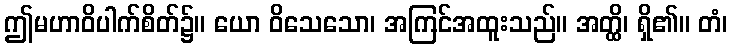
ဤမဟာဝိပါက်စိတ်၌။ ယော ဝိသေသော၊ အကြင်အထူးသည်။ အတ္ထိ၊ ရှိ၏။ တံ၊